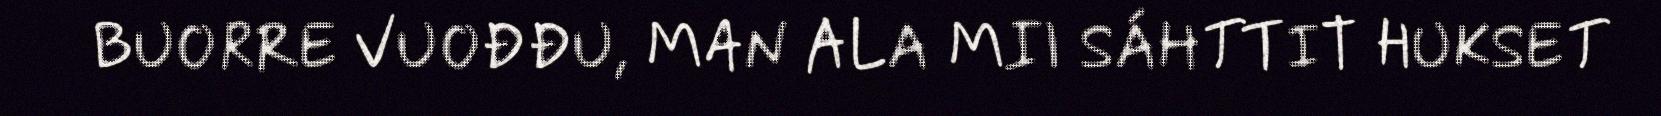
BUORRE VUOĐĐU, MAN ALA MII SÁHTTIT HUKSET